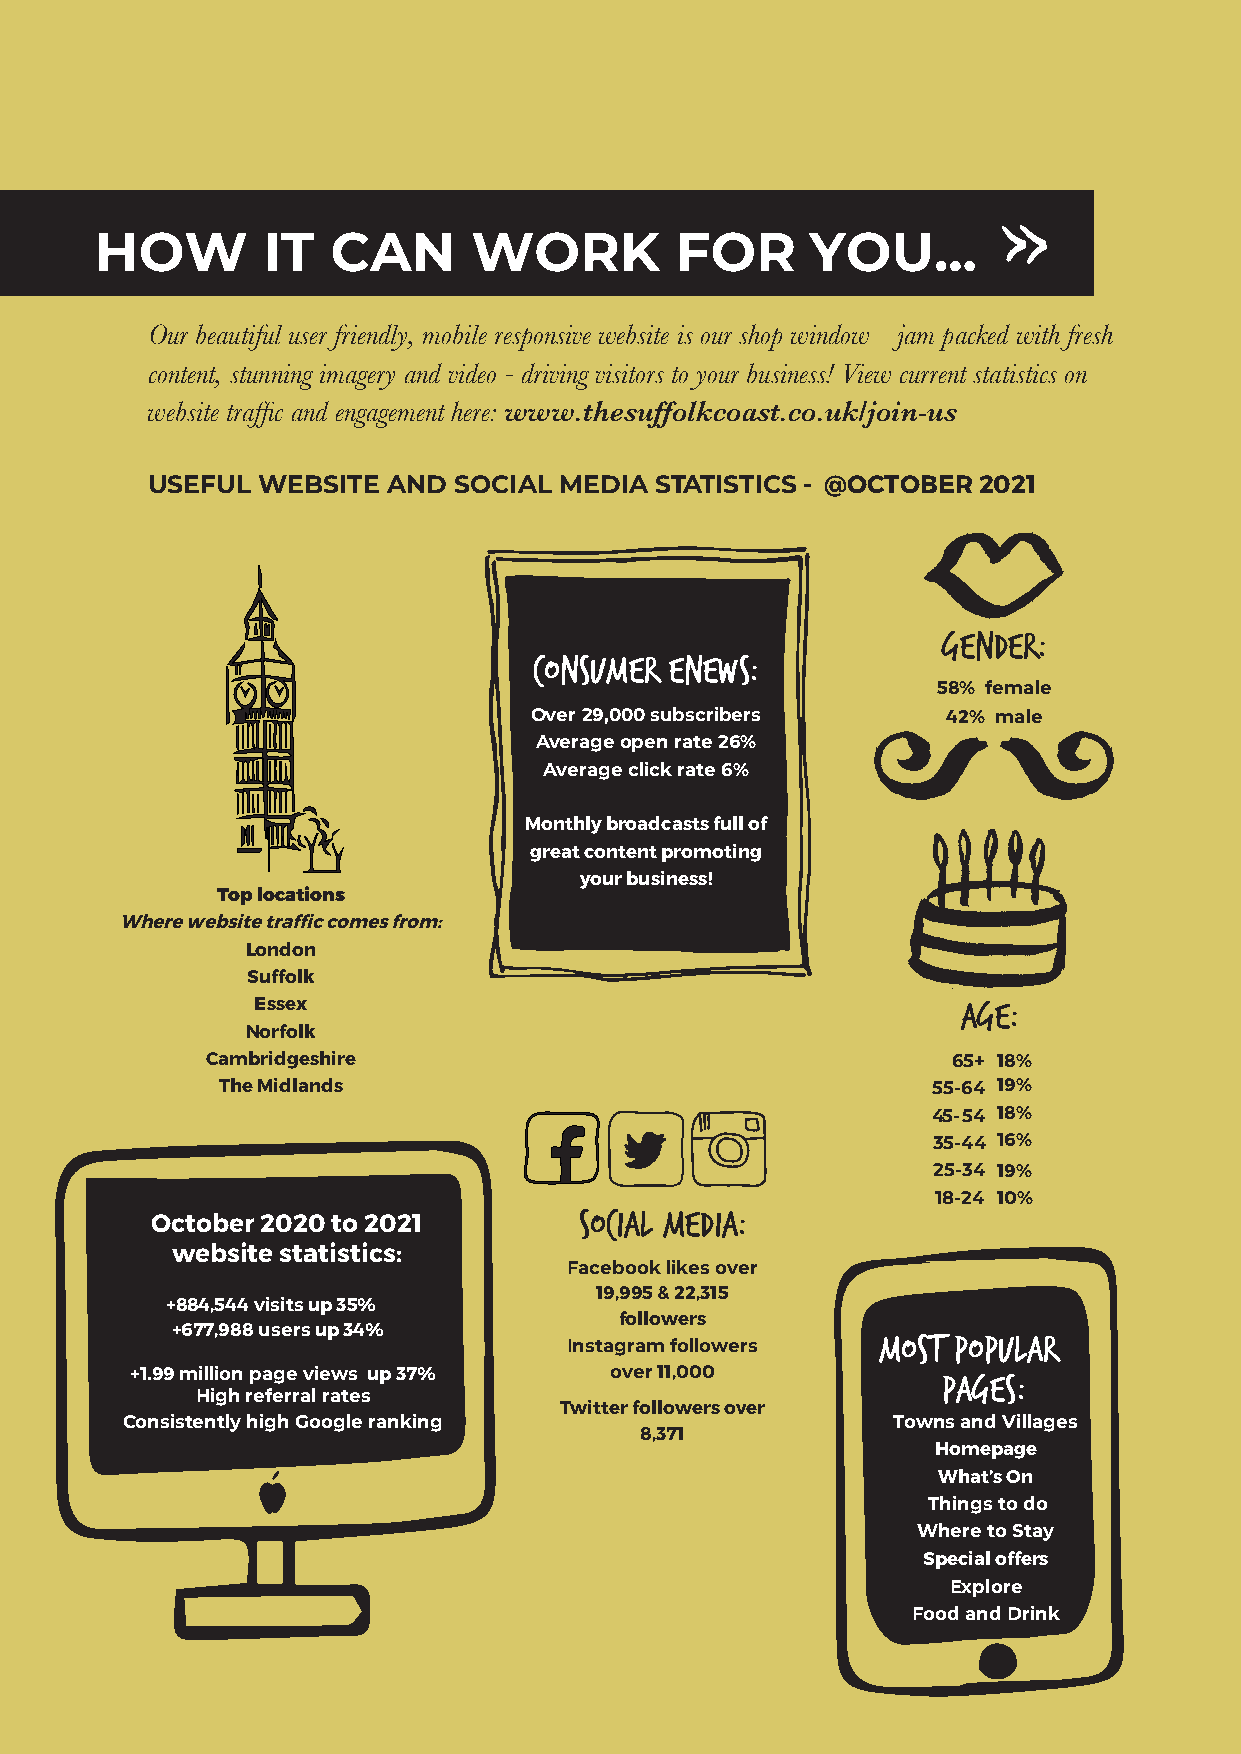
HOW        IT   CAN      WORK          FOR      YOU...
 Our beautiful user friendly, mobile responsive website is our shop window – jam packed with fresh
 content, stunning imagery and video - driving visitors to your business! View current statistics on
 website traffic and engagement here: www.thesuffolkcoast.co.uk/join-us
 USEFUL WEBSITE  AND SOCIAL MEDIA ST A TISTICS - @OCTOBER 2021
 gender:
 consumer enews:
 58% female
 Over 29,000 subscribers     42% male
 Average open rate 26%
 Average click rate 6%
 Monthly broadcasts full of
 great content promoting
 your business!
 Top locations
 Where website traffic comes from:
 London
 Suffolk
 Essex                                          age:
 Norfolk
 Cambridgeshire                                   65+ 18%
 The Midlands                                    55-64 19%
 45-54 18%
 35-44 16%
 25-34 19%
 18-24 10%
 social media:
 October 2020 to 2021
 website statistics:
 Facebook likes over
 19,995 & 22,315
 +884,544 visits up 35%
 followers
 +677,988 users up 34%
 Most popular
 Instagram followers
 +1.99 million page views up 37% over 11,000          pages:
 High referral rates
 Twitter followers over
 Consistently high Google ranking                   Towns and Villages
 8,371
 Homepage
 What’s On
 Things to do
 Where to Stay
 Special offers
 Explore
 Food and Drink